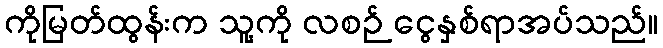
ကိုမြတ်ထွန်းက သူ့ကို လစဉ် ငွေနှစ်ရာအပ်သည်။